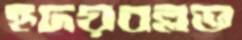
হৃদয়বল্লভ